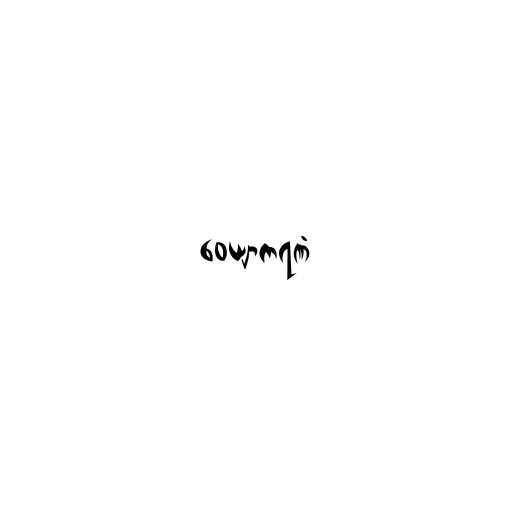
ဝေယျာကရဏံ